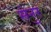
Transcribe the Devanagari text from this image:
सेनुर